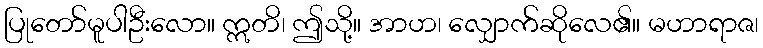
ပြုတော်မူပါဦးလော။ ဣတိ၊ ဤသို့။ အာဟ၊ လျှောက်ဆိုလေ၏။ မဟာရာဇ၊